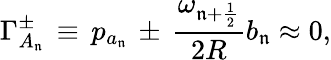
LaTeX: \Gamma_{A_{\mathfrak{n}}}^{\pm}\, \equiv\, p_{a_{\mathfrak{n}}}\, \pm\, \frac{{\omega_{\mathfrak{n}+\frac{{1}}{{2}}}}}{{2R}}b_{\mathfrak{n}}\approx0,